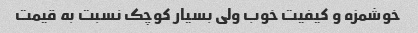
خوشمزه و کیفیت خوب ولی بسیار‌ کوچک نسبت به قیمت